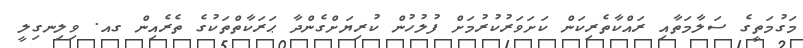
މަގުމަތީގެ ސަލާމަތާއި ރައްކާތެރިކަން ކަށަވަރުކުރުމަށް ފުލުހުން ކުރިޔަށްގެންދާ ޙަރަކާތްތަކުގެ ތެރެއިން ގއ. ވިލިނގިލީ